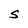
Character: S